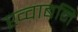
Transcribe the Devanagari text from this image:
ख्वाबनि